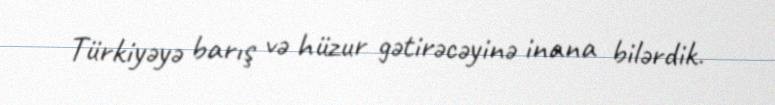
Türkiyəyə barış və hüzur gətirəcəyinə inana bilərdik.